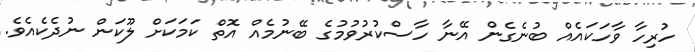
ހުރިހާ ވާހަކައެއް ބުނެގެން އޭނާ ހާސްކުރުވުމުގެ ބޭނުމެއް އޮތް ކަމަކަށް ލޫކަން ނުދެކެއެވެ.